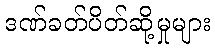
ဒဏ်ခတ်ပိတ်ဆို့မှုများ